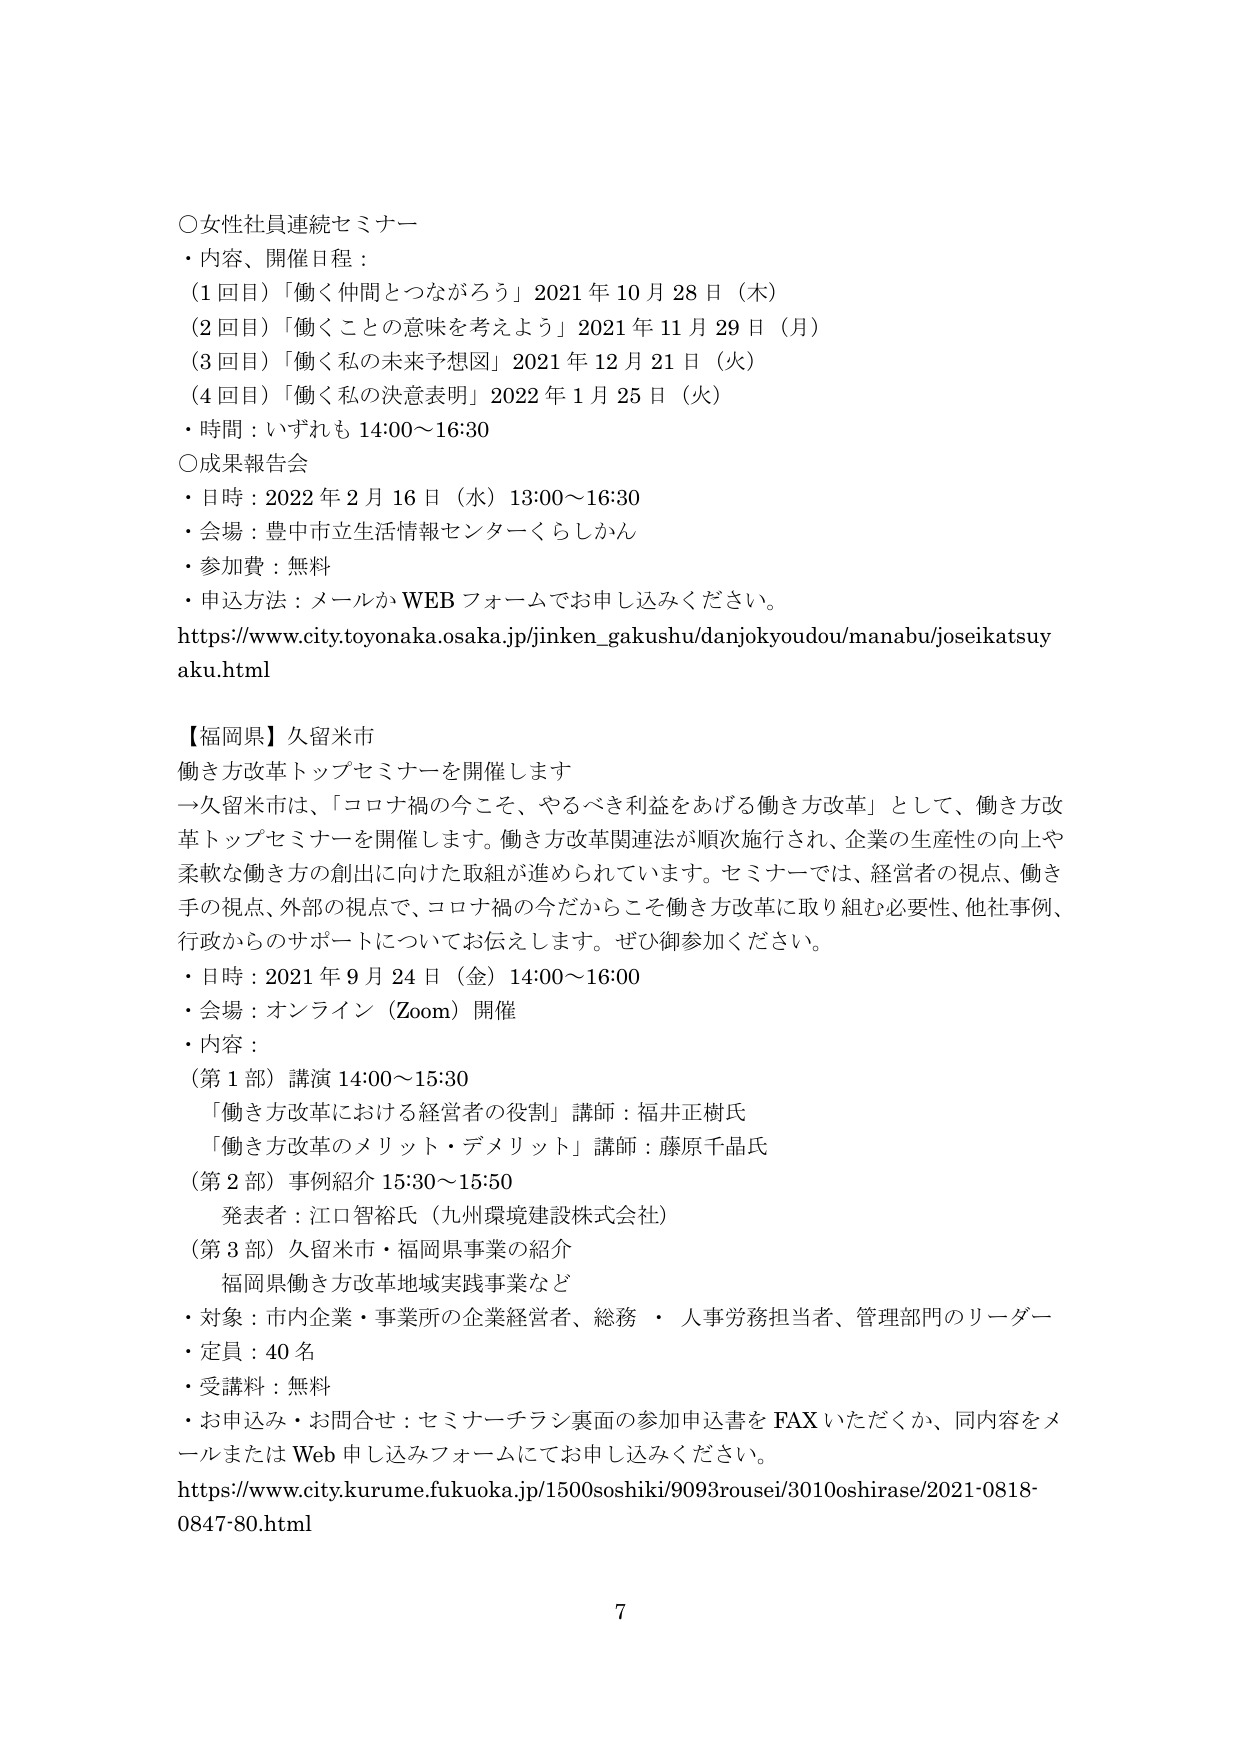
○女性社員連続セミナー
・内容、開催日程：
（1回目）「働く仲間とつながろう」2021年10月28日（木）
（2回目）「働くことの意味を考えよう」2021年11月29日（月）
（3回目）「働く私の未来予想図」2021年12月21日（火）
（4回目）「働く私の決意表明」2022年1月25日（火）
・時間：いずれも14:00～16:30

○成果報告会
・日時：2022年2月16日（水）13:00～16:30
・会場：豊中市立生活情報センターくらしかん
・参加費：無料
・申込方法：メールかWEBフォームでお申し込みください。
https://www.city.toyonaka.osaka.jp/jinken_gakushu/danjokyoudou/manabu/joseikatsuyaku.html

【福岡県】久留米市
働き方改革トップセミナーを開催します
→久留米市は、「コロナ禍の今こそ、やるべき利益をあげる働き方改革」として、働き方改革トップセミナーを開催します。働き方改革関連法が順次施行され、企業の生産性の向上や柔軟な働き方の創出に向けた取組が進められています。セミナーでは、経営者の視点、働き手の視点、外部の視点で、コロナ禍の今だからこそ働き方改革に取り組む必要性、他社事例、行政からのサポートについてお伝えします。ぜひ御参加ください。
・日時：2021年9月24日（金）14:00～16:00
・会場：オンライン（Zoom）開催
・内容：
（第1部）講演 14:00～15:30
「働き方改革における経営者の役割」講師：福井正樹氏
「働き方改革のメリット・デメリット」講師：藤原千晶氏
（第2部）事例紹介 15:30～15:50
発表者：江口智裕氏（九州環境建設株式会社）
（第3部）久留米市・福岡県事業の紹介
福岡県働き方改革地域実践事業など
・対象：市内企業・事業所の企業経営者、総務・人事労務担当者、管理部門のリーダー
・定員：40名
・受講料：無料
・お申込み・お問合せ：セミナーチラシ裏面の参加申込書をFAXいただくか、同内容をメールまたはWeb申し込みフォームにてお申し込みください。
https://www.city.kurume.fukuoka.jp/1500soshiki/9093rousei/3010oshirase/2021-0818-0847-80.html

7